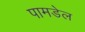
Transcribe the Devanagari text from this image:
पामडेल